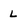
Character: L